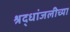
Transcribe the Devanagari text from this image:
श्रद्धांजलीच्या